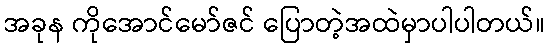
အခုန ကိုအောင်မော်ဇင် ပြောတဲ့အထဲမှာပါပါတယ်။